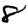
Digit: 8